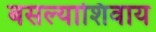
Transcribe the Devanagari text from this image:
बसल्याशिवाय